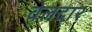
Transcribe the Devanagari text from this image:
वेलदार